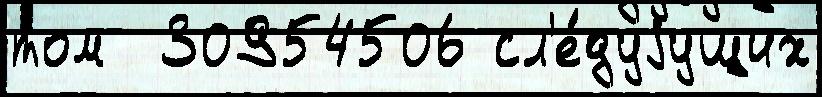
том  30954506 сл'е́дуjущих